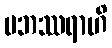
ပဘဿရာဟိ